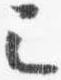
己